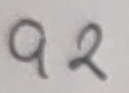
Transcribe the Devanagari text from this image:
९२